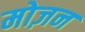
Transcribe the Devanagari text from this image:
मोज़न